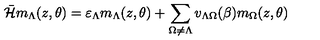
\bar { \cal { H } } m _ { \Lambda } ( z , \theta ) = \varepsilon _ { \Lambda } m _ { \Lambda } ( z , \theta ) + \sum _ { \Omega \neq \Lambda } v _ { \Lambda \Omega } ( \beta ) m _ { \Omega } ( z , \theta )